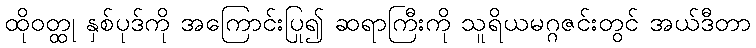
ထိုဝတ္ထု နှစ်ပုဒ်ကို အကြောင်းပြု၍ ဆရာကြီးကို သူရိယမဂ္ဂဇင်းတွင် အယ်ဒီတာ